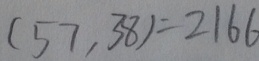
( 5 7 , 3 8 ) = 2 1 6 6